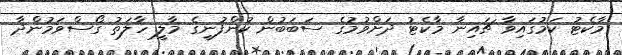
މާކެޓު ކަމުގައިވާ ޗައިނާ މާކެޓު ދަށްވުމުގެ ސަބަބުން ކުންފުނީގެ މާލީ ހާލަތު ގޯސްވަމުންދާ